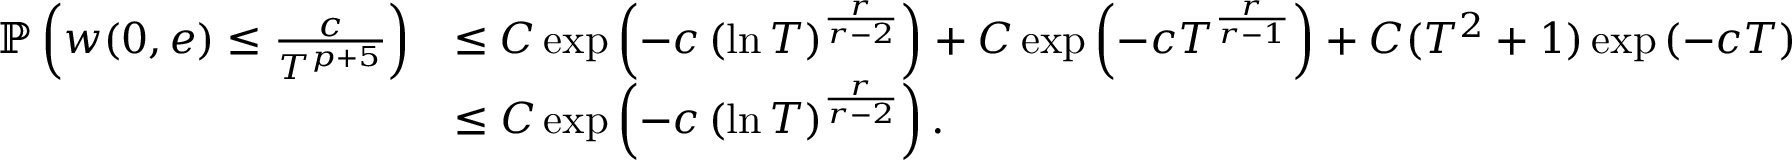
\begin{array} { r l } { \mathbb { P } \left( w ( 0 , e ) \leq \frac { c } { T ^ { p + 5 } } \right) } & { \leq C \exp \left( - c \left( \ln T \right) ^ { \frac { r } { r - 2 } } \right) + C \exp \left( - c T ^ { \frac { r } { r - 1 } } \right) + C ( T ^ { 2 } + 1 ) \exp \left( - c T \right) } \\ & { \leq C \exp \left( - c \left( \ln T \right) ^ { \frac { r } { r - 2 } } \right) . } \end{array}